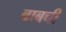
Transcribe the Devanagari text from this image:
बाबची